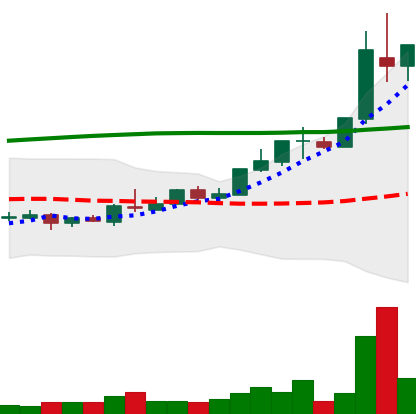
Ticker: TRX-USD
Chart end date: 2018-04-26
Forward return: 25.205%
Label: up_7plus